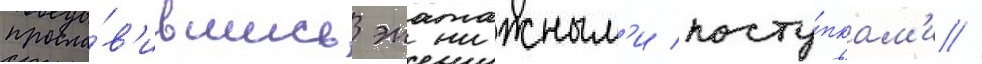
просла́в'ившись эпатажным'и посту́пкам'и //